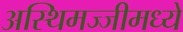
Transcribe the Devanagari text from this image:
अस्थिमज्जीमध्ये